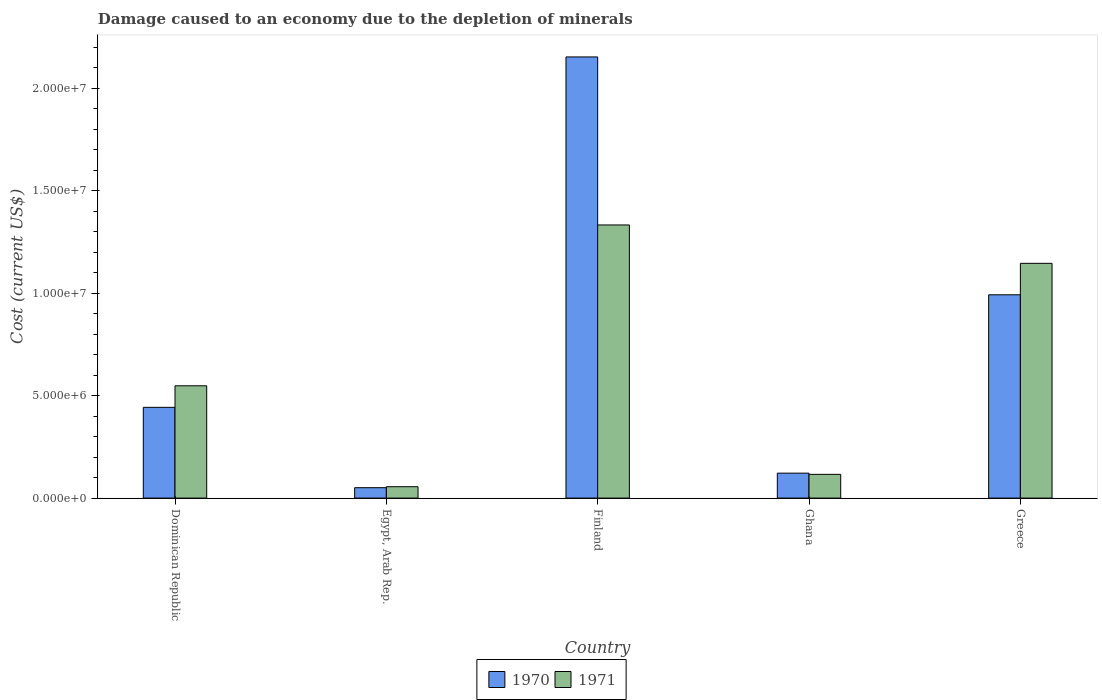
| Country | 1970 | 1971 |
 | --- | --- | --- |
 | Dominican Republic | 4.43e+06 | 5.48e+06 |
 | Egypt, Arab Rep. | 5.07e+05 | 5.55e+05 |
 | Finland | 2.15e+07 | 1.33e+07 |
 | Ghana | 1.22e+06 | 1.16e+06 |
 | Greece | 9.92e+06 | 1.15e+07 |